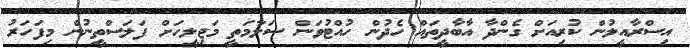
އިސްރާއީލުން ކުރިއަށް ގެންދާ އާބާދީތައް ހެދުން ހުއްޓުވަން ސަލާމަތީ މަޖިލީހަށް ފަލަސްތީނުން މިފަހަރު